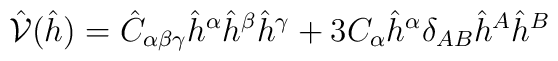
\hat{\mathcal{V}}(\hat{h})={\hat{C}}_{\alpha \beta \gamma} {\hat{h}}^{\alpha} {\hat{h}}^{\beta}{\hat{h}}^{\gamma}+3 C_{\alpha}{\hat{h}}^{\alpha} \delta_{AB}{\hat{h}}^{A}{\hat{h}}^{B}